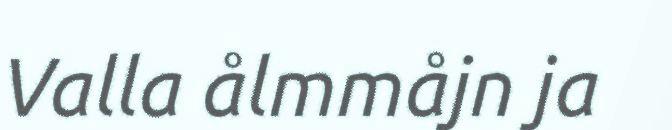
Valla ålmmåjn ja